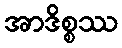
အာဒိစ္စဿ